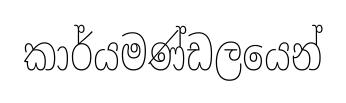
කාර්යමණ්ඩලයෙන්